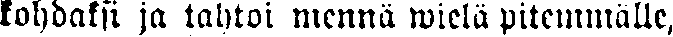
kohdaksi ja tahtoi mennä wielä pitemmälle,